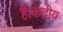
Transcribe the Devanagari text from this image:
है।केंद्रीय